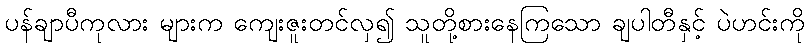
ပန်ချာပီကုလား များက ကျေးဇူးတင်လှ၍ သူတို့စားနေကြသော ချပါတီနှင့် ပဲဟင်းကို